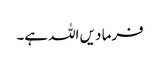
فرما دیں اللہ ہے۔